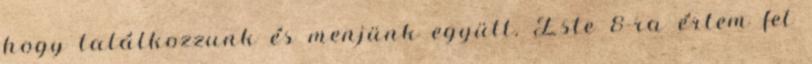
hogy találkozzunk és menjünk együtt. Este 8-ra értem fel